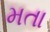
મતા